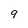
Character: 9